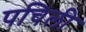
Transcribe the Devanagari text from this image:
पचिली